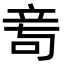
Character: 𥩭